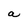
Character: a